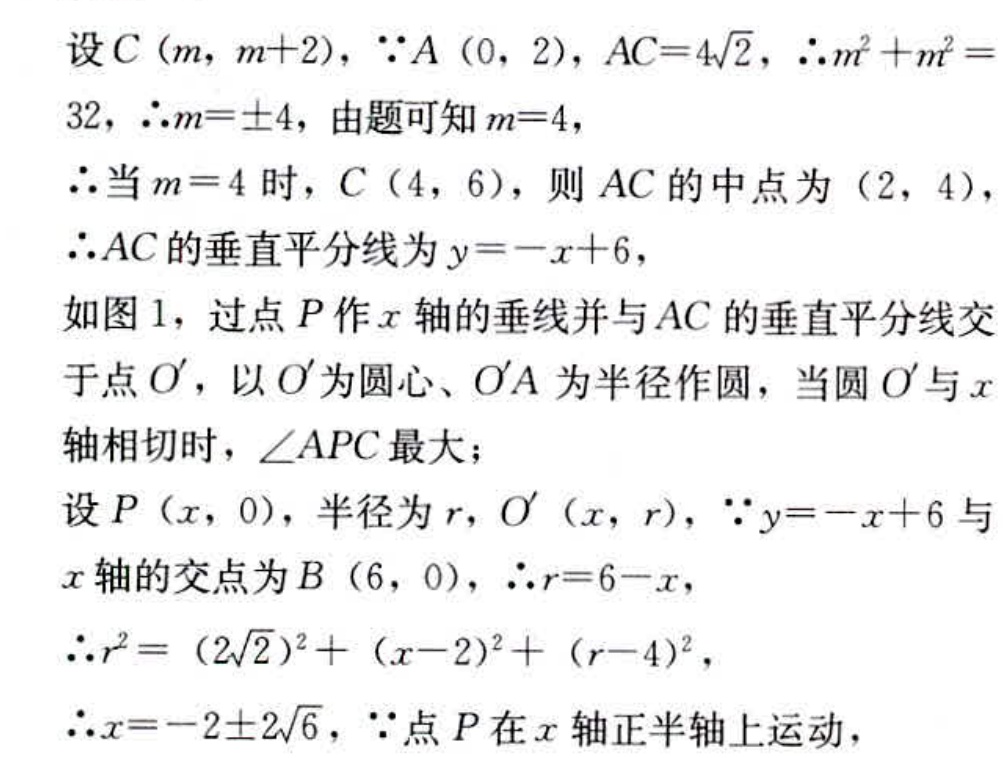
设\(C(m,m + 2)\)，\(\because A(0,2)\)，\(AC = 4\sqrt{2}\)，\(\therefore m^{2}+m^{2}=32\)，\(\therefore m=\pm4\)，由题可知\(m = 4\)，
\(\therefore\)当\(m = 4\)时，\(C(4,6)\)，则\(AC\)的中点为\((2,4)\)，
\(\therefore AC\)的垂直平分线为\(y=-x + 6\)，
如图1，过点\(P\)作\(x\)轴的垂线并与\(AC\)的垂直平分线交于点\(O'\)，以\(O'\)为圆心、\(O'A\)为半径作圆，当圆\(O'\)与\(x\)轴相切时，\(\angle APC\)最大；
设\(P(x,0)\)，半径为\(r\)，\(O'(x,r)\)，\(\because y=-x + 6\)与\(x\)轴的交点为\(B(6,0)\)，\(\therefore r = 6 - x\)，
\(\therefore r^{2}=(2\sqrt{2})^{2}+(x - 2)^{2}+(r - 4)^{2}\)，
\(\therefore x=-2\pm2\sqrt{6}\)，\(\because\)点\(P\)在\(x\)轴正半轴上运动，